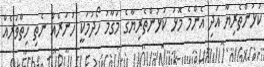
ކުޅުންތެރިޔާ އަދި އެންމެ މޮޅު ކުޅުންތެރިޔާގެ މަގާމު ހޯދުމަކީ ހުނަރެއް ނެތި ހިތްވަރެއް